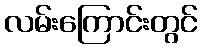
လမ်းကြောင်းတွင်